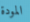
المودة